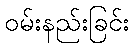
ဝမ်းနည်းခြင်း